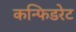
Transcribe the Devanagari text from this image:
कन्फिडरेट